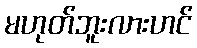
မဟုတ်ဘူးလားဟင်